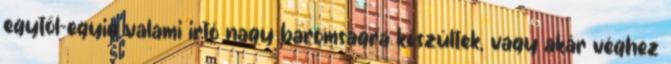
egytől-egyig valami irtó nagy baromságra készültek, vagy akár véghez